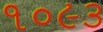
૧૦૯૩